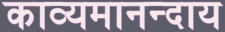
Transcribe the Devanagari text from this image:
काव्यमानन्दाय